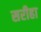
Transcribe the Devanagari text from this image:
सरीहा